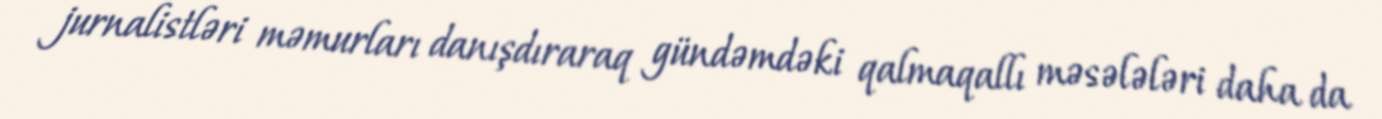
jurnalistləri məmurları danışdıraraq gündəmdəki qalmaqallı məsələləri daha da